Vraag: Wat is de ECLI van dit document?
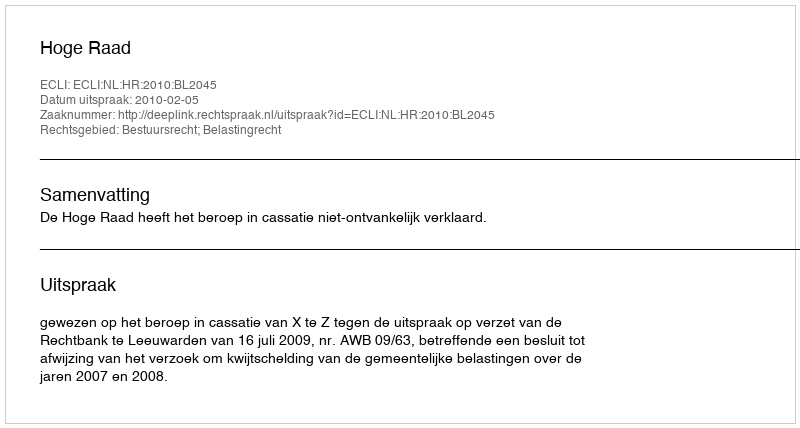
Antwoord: ECLI:NL:HR:2010:BL2045